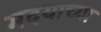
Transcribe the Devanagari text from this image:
मदयाच्या